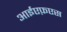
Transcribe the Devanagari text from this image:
आईएफ़एस